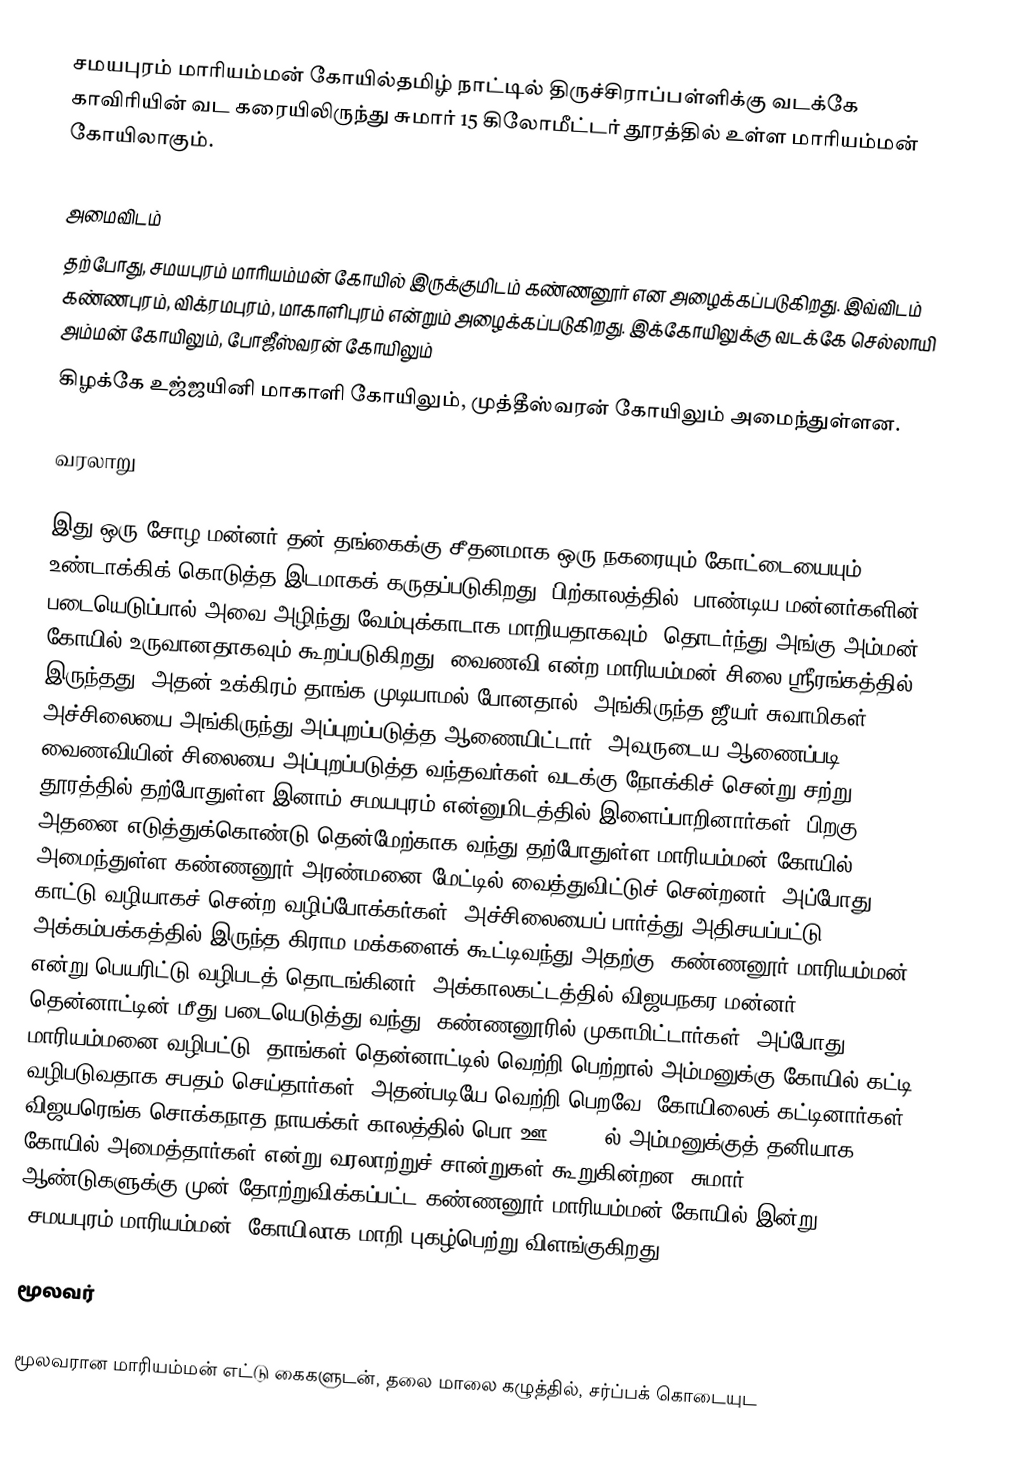
சமயபுரம் மாரியம்மன் கோயில்தமிழ் நாட்டில் திருச்சிராப்பள்ளிக்கு வடக்கே காவிரியின் வட கரையிலிருந்து சுமார் 15 கிலோமீட்டர் தூரத்தில் உள்ள மாரியம்மன் கோயிலாகும்.

அமைவிடம்
தற்போது, சமயபுரம் மாரியம்மன் கோயில் இருக்குமிடம் கண்ணனூர் என அழைக்கப்படுகிறது. இவ்விடம் கண்ணபுரம், விக்ரமபுரம், மாகாளிபுரம் என்றும் அழைக்கப்படுகிறது. இக்கோயிலுக்கு வடக்கே செல்லாயி அம்மன் கோயிலும், போஜீஸ்வரன் கோயிலும்
கிழக்கே உஜ்ஜயினி மாகாளி கோயிலும், முத்தீஸ்வரன் கோயிலும் அமைந்துள்ளன.

வரலாறு

இது ஒரு சோழ மன்னர் தன் தங்கைக்கு சீதனமாக ஒரு நகரையும் கோட்டையையும் உண்டாக்கிக் கொடுத்த இடமாகக் கருதப்படுகிறது. பிற்காலத்தில், பாண்டிய மன்னர்களின் படையெடுப்பால் அவை அழிந்து வேம்புக்காடாக மாறியதாகவும், தொடர்ந்து அங்கு அம்மன் கோயில் உருவானதாகவும் கூறப்படுகிறது. வைணவி என்ற மாரியம்மன் சிலை ஸ்ரீரங்கத்தில் இருந்தது. அதன் உக்கிரம் தாங்க முடியாமல் போனதால், அங்கிருந்த ஜீயர் சுவாமிகள், அச்சிலையை அங்கிருந்து அப்புறப்படுத்த ஆணையிட்டார். அவருடைய ஆணைப்படி வைணவியின் சிலையை அப்புறப்படுத்த வந்தவர்கள் வடக்கு நோக்கிச் சென்று சற்று தூரத்தில் தற்போதுள்ள இனாம் சமயபுரம் என்னுமிடத்தில் இளைப்பாறினார்கள். பிறகு அதனை எடுத்துக்கொண்டு தென்மேற்காக வந்து தற்போதுள்ள மாரியம்மன் கோயில் அமைந்துள்ள கண்ணனூர் அரண்மனை மேட்டில் வைத்துவிட்டுச் சென்றனர். அப்போது, காட்டு வழியாகச் சென்ற வழிப்போக்கர்கள், அச்சிலையைப் பார்த்து அதிசயப்பட்டு அக்கம்பக்கத்தில் இருந்த கிராம மக்களைக் கூட்டிவந்து அதற்கு ”கண்ணனூர் மாரியம்மன்” என்று பெயரிட்டு வழிபடத் தொடங்கினர். அக்காலகட்டத்தில் விஜயநகர மன்னர் தென்னாட்டின் மீது படையெடுத்து வந்து, கண்ணனூரில் முகாமிட்டார்கள். அப்போது மாரியம்மனை வழிபட்டு, தாங்கள் தென்னாட்டில் வெற்றி பெற்றால் அம்மனுக்கு கோயில் கட்டி வழிபடுவதாக சபதம் செய்தார்கள். அதன்படியே வெற்றி பெறவே, கோயிலைக் கட்டினார்கள். விஜயரெங்க சொக்கநாத நாயக்கர் காலத்தில் பொ.ஊ. 1706-ல் அம்மனுக்குத் தனியாக கோயில் அமைத்தார்கள் என்று வரலாற்றுச் சான்றுகள் கூறுகின்றன. சுமார் 400 ஆண்டுகளுக்கு முன் தோற்றுவிக்கப்பட்ட கண்ணனூர் மாரியம்மன் கோயில் இன்று, ”சமயபுரம் மாரியம்மன்” கோயிலாக மாறி புகழ்பெற்று விளங்குகிறது.

மூலவர்

மூலவரான மாரியம்மன் எட்டு கைகளுடன், தலை மாலை கழுத்தில், சர்ப்பக் கொடையுட